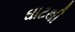
ઘાટથી